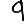
Digit: 9